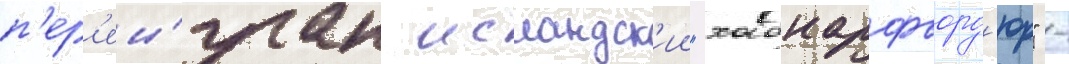
п'ер'еи́гран исландск'ии "хабнарфьорд'юр" -